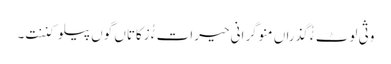
وثی لوٹ ءُُ گذراں منوگرانی حیرات ءُُ زکاتاں گوں پیلو کننت۔